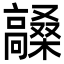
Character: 𮪼